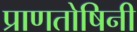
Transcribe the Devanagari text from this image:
प्राणतोषिनी